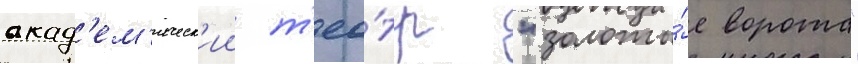
акад'ем'ическ'ии т'еа́тр "золоты́е ворота"